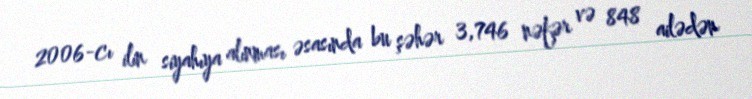
2006-cı ilin siyahıya alınması əsasında bu şəhər 3,746 nəfər və 848 ailədən